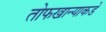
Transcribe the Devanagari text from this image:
तोफखान्याकडे